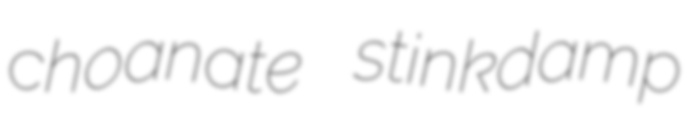
choanate stinkdamp